Report of the Indian Hemp Drugs Commission, 1894-1895 - Volume VII
Year: 1894
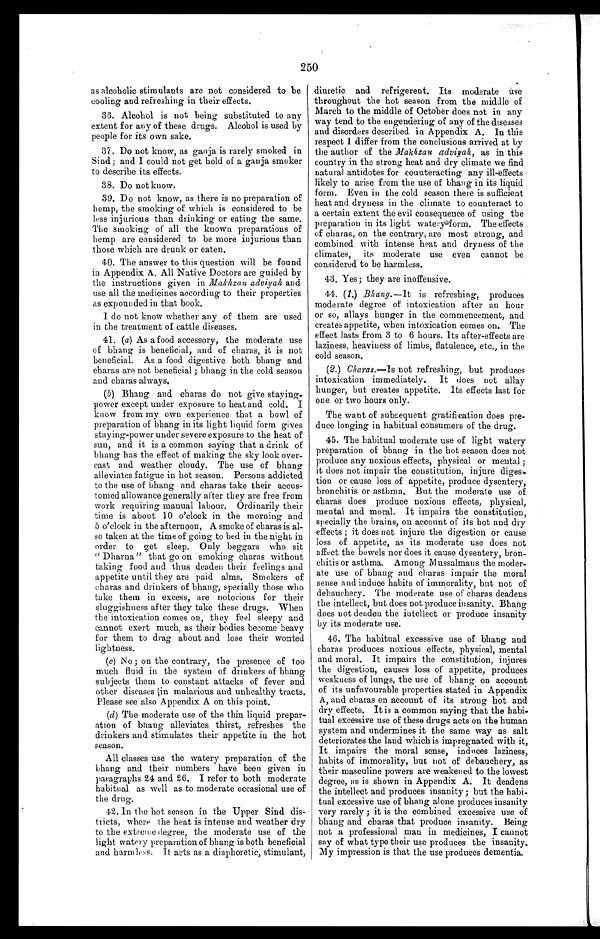
250
as alcoholic stimulants are not considered to be
cooling and refreshing in their effects.
36. Alcohol is not being substituted to any
extent for any of these drugs. Alcohol is used by
people for its own sake.
37. Do not know, as ganja is rarely smoked in
Sind; and I could not get hold of a ganja smoker
to describe its effects.
38. Do not know.
39. Do not know, as there is no preparation of
hemp, the smoking of which is considered to be
less injurious than drinking or eating the same.
The smoking of all the known preparations of
hemp are considered to be more injurious than
those which are drunk or eaten.
40. The answer to this question will be found
in Appendix A. All Native Doctors are guided by
the instructions given in Makhzan adviyah and
use all the medicines according to their properties
as expounded in that book.
I do not know whether any of them are used
in the treatment of cattle diseases.
41. (a) As a food accessory, the moderate use
of bhang is beneficial, and of charas, it is not
beneficial. As a food digestive both bhang and
charas are not beneficial ; bhang in the cold season
and charas always.
(b) Bhang and charas do not give staying-
power except under exposure to heat and cold. I
know from my own experience that a bowl of
preparation of bhang in its light liquid form gives
staying-power under severe exposure to the heat of
sun, and it is a common saying that a drink of
bhang has the effect of making the sky look over-
cast and weather cloudy. The use of bhang
alleviates fatigue in hot season. Persons addicted
to the use of bhang and charas take their accus-
tomed allowance generally after they are free from
work requiring manual labour. Ordinarily their
time is about 10 o'clock in the morning and
5 o'clock in the afternoon, A smoke of charas is al-
so taken at the time of going to bed in the night in
order to get sleep. Only beggars who sit
" Dharna" that go on smoking charas without
taking food and thus deaden their feelings and
appetite until they are paid alms. Smokers of
charas and drinkers of bhang, specially those who
take them in excess, are notorious for their
sluggishness after they take these drugs. When
the intoxication comes on, they feel sleepy and
cannot exert much, as their bodies become heavy
for them to drag about and lose their wonted
lightness.
(c) No ; on the contrary, the presence of too
much fluid in the system of drinkers of bhang
subjects them to constant attacks of fever and
other diseases in malarious and unhealthy tracts.
Please see also Appendix A on this point.
(d) The moderate use of the thin liquid prepar-
ation of bhang alleviates thirst, refreshes the
drinkers and stimulates their appetite in the hot
season.
All classes use the watery preparation of the
bhang and their numbers have been given in
paragraphs 24 and 26. I refer to both moderate
habitual as well as to moderate occasional use of
the drug.
42. In the hot season in the Upper Sind dis-
tricts, where the heat is intense and weather dry
to the extreme degree, the moderate use of the
light watery preparation of bhang is both beneficial
and harmless, It acts as a diaphoretic, stimulant,
diuretic and refrigerent. Its moderate use
throughout the hot season from the middle of
March to the middle of October does not in any
way tend to the engendering of any of the diseases
and disorders described in Appendix A. In this
respect 1 differ from the conclusions arrived at by
the author of the Makhzan adviyah, as in this
country in the strong heat and dry climate we find
natural antidotes for counteracting any ill-effects
likely to arise from the use of bhang in its liquid
form. Even in the cold season there is sufficient
heat and dryness in the climate to counteract to
a certain extent the evil consequence of using the
preparation in its light watery form. The effects
of charas, on the contrary, are most strong, and
combined with intense heat and dryness Of the
climates, its moderate use even cannot be
considered to be harmless.
43. Yes; they are inoffensive.
44. (1.) Bhang.— It is refreshing, produces
moderate degree of intoxication after an hour
or so, allays hunger in the commencement, and
creates appetite, when intoxication comes on. The
effect lasts from 3 to 6 hours. Its after-effects are
laziness, heaviness of limbs, flatulence, etc., in the
cold season.
(2.) Charas.— Is not refreshing, but produces
intoxication immediately. It does not allay
hunger, but creates appetite. Its effects last for
one or two hours only.
The want of subsequent gratification does pre
¬duce longing in habitual consumers of the drug.
45. The habitual moderate use of light watery
preparation of bhang in the hot season does not
produce any noxious effects, physical or mental ;
it does not impair the constitution, injure diges
¬ t i o n o r c a u s e l o s s o f a p p e t i t e , p r o d u c e d y s e n t e r y ,
bronchitis or asthma. But the moderate use of
charas does produce noxious effects, physical,
mental and moral. It impairs the constitution,
specially the brains, on account of its hot and dry
effects ; it does not injure the digestion or cause
loss of appetite, as its moderate use does not
affect the bowels nor does it cause dysentery, bron-
chitis or asthma. Among Mussalmans the moder-
ate use of bhang and charas impair the moral
sense and induce habits of immorality, but not of
debauchery. The moderate use of charas deadens
the intellect, but does not produce insanity. Bhang
does not deaden the intellect or produce insanity
by its moderate use.
46. The habitual excessive use of bhang and
charas produces noxious effects, physical, mental
and moral. It impairs the constitution, injures
the digestion, causes loss of appetite, produces
weakness of lungs, the use of bhang on account
of its unfavourable properties stated in Appendix
A, and charas on account of its strong hot and
dry effects. It is a common saying that the habi-
tual excessive use of these drugs acts on the human
system and undermines it the same way as salt
deteriorates the laud which is impregnated with it,
It impairs the moral sense, induces laziness,
habits of immorality, but not of debauchery, as
their masculine powers are weakened to the lowest
degree, as is shown in Appendix A. It deadens
the intellect and produces insanity ; but the habi-
tual excessive use of bhang alone produces insanity
very rarely ; it is the combined excessive use of
bhang and charas that produce insanity. Being
not a professional man in medicines, I cannot
say of what type their use produces the insanity.
My impression is that the use produces dementia.